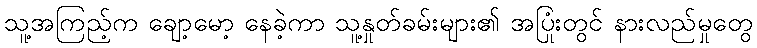
သူ့အကြည့်က ချော့မော့ နေခဲ့ကာ သူ့နှုတ်ခမ်းများ၏ အပြုံးတွင် နားလည်မှုတွေ